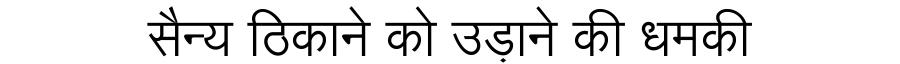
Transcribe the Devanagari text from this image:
सैन्य ठिकाने को उड़ाने की धमकी